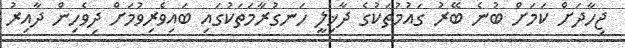
ޖިހާދަށް ކަމަށް ބުނެ ބޭރު ގައުމުތަކުގެ ދާޚިލީ ހަނގުރާމަތަކުގައި ބައިވެރިވުމަށް ދިވެހިން ދާއިރު